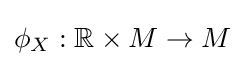
\phi _{X}:\mathbb {R} \times M\to M